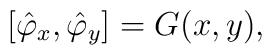
\left [ \hat \varphi _x , \hat \varphi _y \right ] = G(x,y),